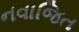
નવાજિત